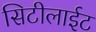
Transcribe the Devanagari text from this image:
सिटीलाईट